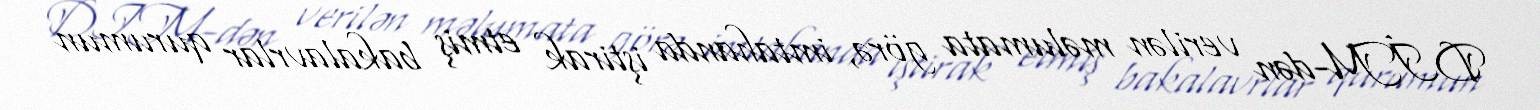
DİM-dən verilən məlumata görə, imtahanda iştirak etmiş bakalavrlar qurumun